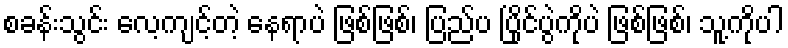
စခန်းသွင်း လေ့ကျင့်တဲ့ နေရာပဲ ဖြစ်ဖြစ်၊ ပြည်ပ ပြိုင်ပွဲကိုပဲ ဖြစ်ဖြစ်၊ သူ့ကိုပါ